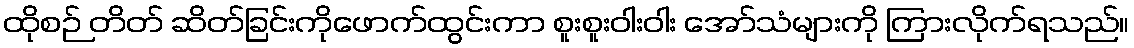
ထိုစဉ် တိတ် ဆိတ်ခြင်းကိုဖောက်ထွင်းကာ စူးစူးဝါးဝါး အော်သံများကို ကြားလိုက်ရသည်။